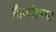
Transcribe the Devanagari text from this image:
है।कोडरमा